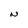
Character: N